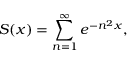
S ( x ) = \sum _ { n = 1 } ^ { \infty } e ^ { - n ^ { 2 } x } ,